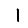
Digit: 1